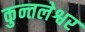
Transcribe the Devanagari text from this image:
कुन्तलेश्वर